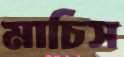
মাচিস